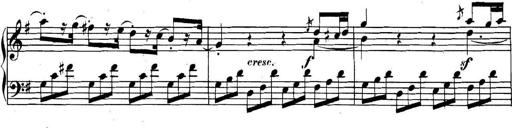
Title: Collected Piano Sonatas
Composer: Muzio Clementi